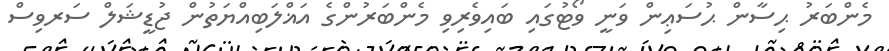
މެންބަރު ޙިސާން ޙުސަޢިން ވަނީ ވޯޓުގައި ބައިވެރިވި މެންބަރުންގެ އަޣްލަބިއްޔަތުން ޖުޑީޝަލް ސަރވިސް